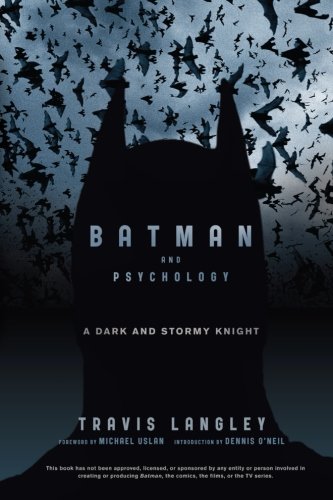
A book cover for Batman and Psychology: A Dark and Stormy Knight; Travis Langley; Comics & Graphic Novels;